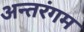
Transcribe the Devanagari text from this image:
अन्तरंगम